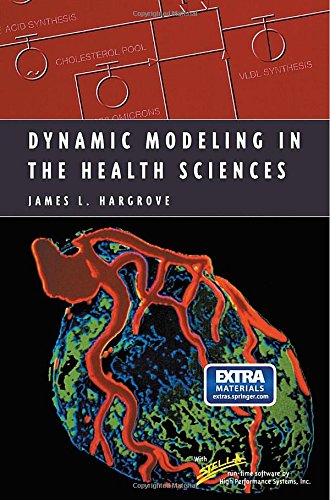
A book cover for Dynamic Modeling in the Health Sciences (Modeling Dynamic Systems); James L. Hargrove; Medical Books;